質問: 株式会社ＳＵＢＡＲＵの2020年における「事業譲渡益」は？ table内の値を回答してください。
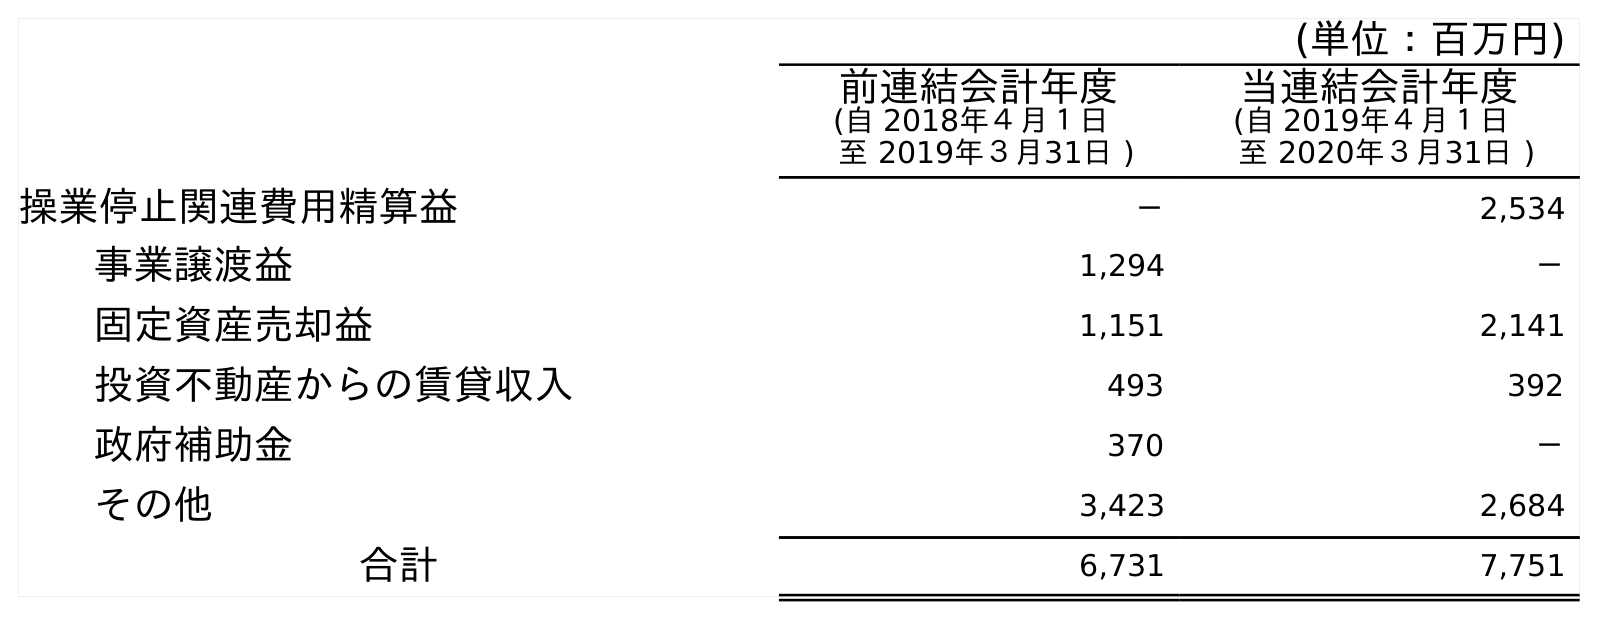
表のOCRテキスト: (単位：百万円) 前連結会計年度 (自 2018年４月１日 至 2019年３月31日 ) 当連結会計年度 (自 2019年４月１日 至 2020年３月31日 ) 操業停止関連費用精算益 － 2,534 事業譲渡益 1,294 － 固定資産売却益 1,151 2,141 投資不動産からの賃貸収入 493 392 政府補助金 370 － その他 3,423 2,684 合計 6,731 7,751
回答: －